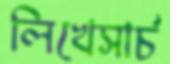
লিখেসার্চ